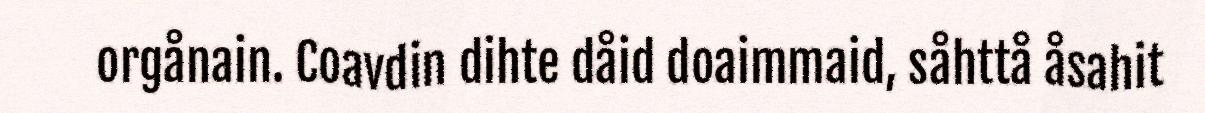
orgånain. Coavdin dihte dåid doaimmaid, såhttå åsahit